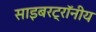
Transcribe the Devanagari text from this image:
साइबरट्राॅनीय